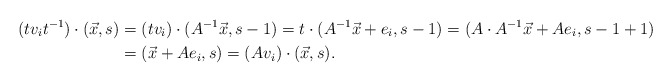
\begin{align*}(tv_it^{-1})\cdot(\vec{x},s)&=(tv_i)\cdot(A^{-1}\vec{x},s-1)=t\cdot(A^{-1}\vec{x}+e_i,s-1)=(A\cdot A^{-1}\vec{x} +Ae_i,s-1+1)\\&= (\vec{x}+Ae_i,s)=(Av_i)\cdot (\vec{x},s).\end{align*}